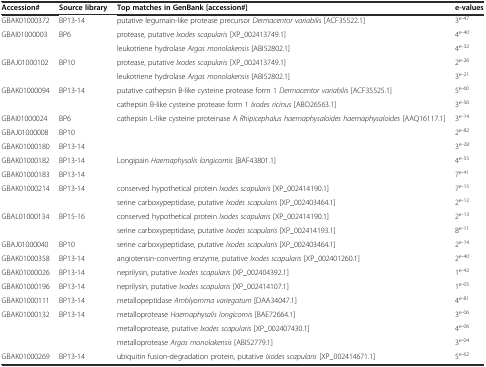
<table><thead><tr><td><b>Accession#</b></td><td><b>Source library</b></td><td><b>Top matches in GenBank [accession#]</b></td><td><b>e-values</b></td></tr></thead><tbody><tr><td>GBAK01000372</td><td>BP13-14</td><td>putative legumain-like protease precursor <i>Dermacentor variabilis</i> [ACF35522.1]</td><td>3<sup>e-47</sup></td></tr><tr><td rowspan="2">GBAI01000003</td><td rowspan="2">BP6</td><td>protease, putative <i>Ixodes scapularis</i> [XP_002413749.1]</td><td>4<sup>e-40</sup></td></tr><tr><td>leukotriene hydrolase <i>Argas monolakensis</i> [ABI52802.1]</td><td>4<sup>e-32</sup></td></tr><tr><td rowspan="2">GBAJ01000102</td><td rowspan="2">BP10</td><td>protease, putative <i>Ixodes scapularis</i> [XP_002413749.1]</td><td>2<sup>e-26</sup></td></tr><tr><td>leukotriene hydrolase <i>Argas monolakensis</i> [ABI52802.1]</td><td>3<sup>e-21</sup></td></tr><tr><td rowspan="2">GBAK01000094</td><td rowspan="2">BP13-14</td><td>putative cathepsin B-like cysteine protease form 1 <i>Dermacentor variabilis</i> [ACF35525.1]</td><td>5<sup>e-60</sup></td></tr><tr><td>cathepsin B-like cysteine protease form 1 <i>Ixodes ricinus</i> [ABO26563.1]</td><td>3<sup>e-56</sup></td></tr><tr><td>GBAI01000024</td><td>BP6</td><td rowspan="3">cathepsin L-like cysteine proteinase A <i>Rhipicephalus haemaphysaloides haemaphysaloides</i> [AAQ16117.1]</td><td>3<sup>e-14</sup></td></tr><tr><td>GBAJ01000008</td><td>BP10</td><td>2<sup>e-82</sup></td></tr><tr><td>GBAK01000180</td><td>BP13-14</td><td>3<sup>e-28</sup></td></tr><tr><td>GBAK01000182</td><td>BP13-14</td><td rowspan="2">Longipain <i>Haemaphysalis longicornis</i> [BAF43801.1]</td><td>4<sup>e-55</sup></td></tr><tr><td>GBAK01000183</td><td>BP13-14</td><td>7<sup>e-41</sup></td></tr><tr><td rowspan="2">GBAK01000214</td><td rowspan="2">BP13-14</td><td>conserved hypothetical protein <i>Ixodes scapularis</i> [XP_002414190.1]</td><td>7<sup>e-15</sup></td></tr><tr><td>serine carboxypeptidase, putative <i>Ixodes scapularis</i> [XP_002403464.1]</td><td>2<sup>e-12</sup></td></tr><tr><td rowspan="2">GBAL01000134</td><td rowspan="2">BP15-16</td><td>conserved hypothetical protein <i>Ixodes scapularis</i> [XP_002414190.1]</td><td>2<sup>e-13</sup></td></tr><tr><td>serine carboxypeptidase, putative <i>Ixodes scapularis</i> [XP_002414193.1]</td><td>8<sup>e-11</sup></td></tr><tr><td>GBAJ01000040</td><td>BP10</td><td>serine carboxypeptidase, putative <i>Ixodes scapularis</i> [XP_002403464.1]</td><td>2<sup>e-14</sup></td></tr><tr><td>GBAK01000358</td><td>BP13-14</td><td>angiotensin-converting enzyme, putative <i>Ixodes scapularis</i> [XP_002401260.1]</td><td>2<sup>e-40</sup></td></tr><tr><td>GBAK01000026</td><td>BP13-14</td><td>neprilysin, putative <i>Ixodes scapularis</i> [XP_002404392.1]</td><td>1<sup>e-42</sup></td></tr><tr><td>GBAK01000196</td><td>BP13-14</td><td>neprilysin, putative <i>Ixodes scapularis</i> [XP_002414107.1]</td><td>1<sup>e-05</sup></td></tr><tr><td>GBAK01000111</td><td>BP13-14</td><td>metallopeptidase <i>Amblyomma variegatum</i> [DAA34047.1]</td><td>4<sup>e-81</sup></td></tr><tr><td rowspan="3">GBAK01000132</td><td rowspan="3">BP13-14</td><td>metalloprotease <i>Haemaphysalis longicornis</i> [BAE72664.1]</td><td>3<sup>e-06</sup></td></tr><tr><td>metalloprotease, putative <i>Ixodes scapularis</i> [XP_002407430.1]</td><td>4<sup>e-06</sup></td></tr><tr><td>metalloprotease <i>Argas monolakensis</i> [ABI52779.1]</td><td>3<sup>e-04</sup></td></tr><tr><td>GBAK01000269</td><td>BP13-14</td><td>ubiquitin fusion-degradation protein, putative <i>Ixodes scapularis</i> [XP_002414671.1]</td><td>5<sup>e-62</sup></td></tr></tbody></table>